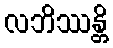
လဘိဿန္တိ